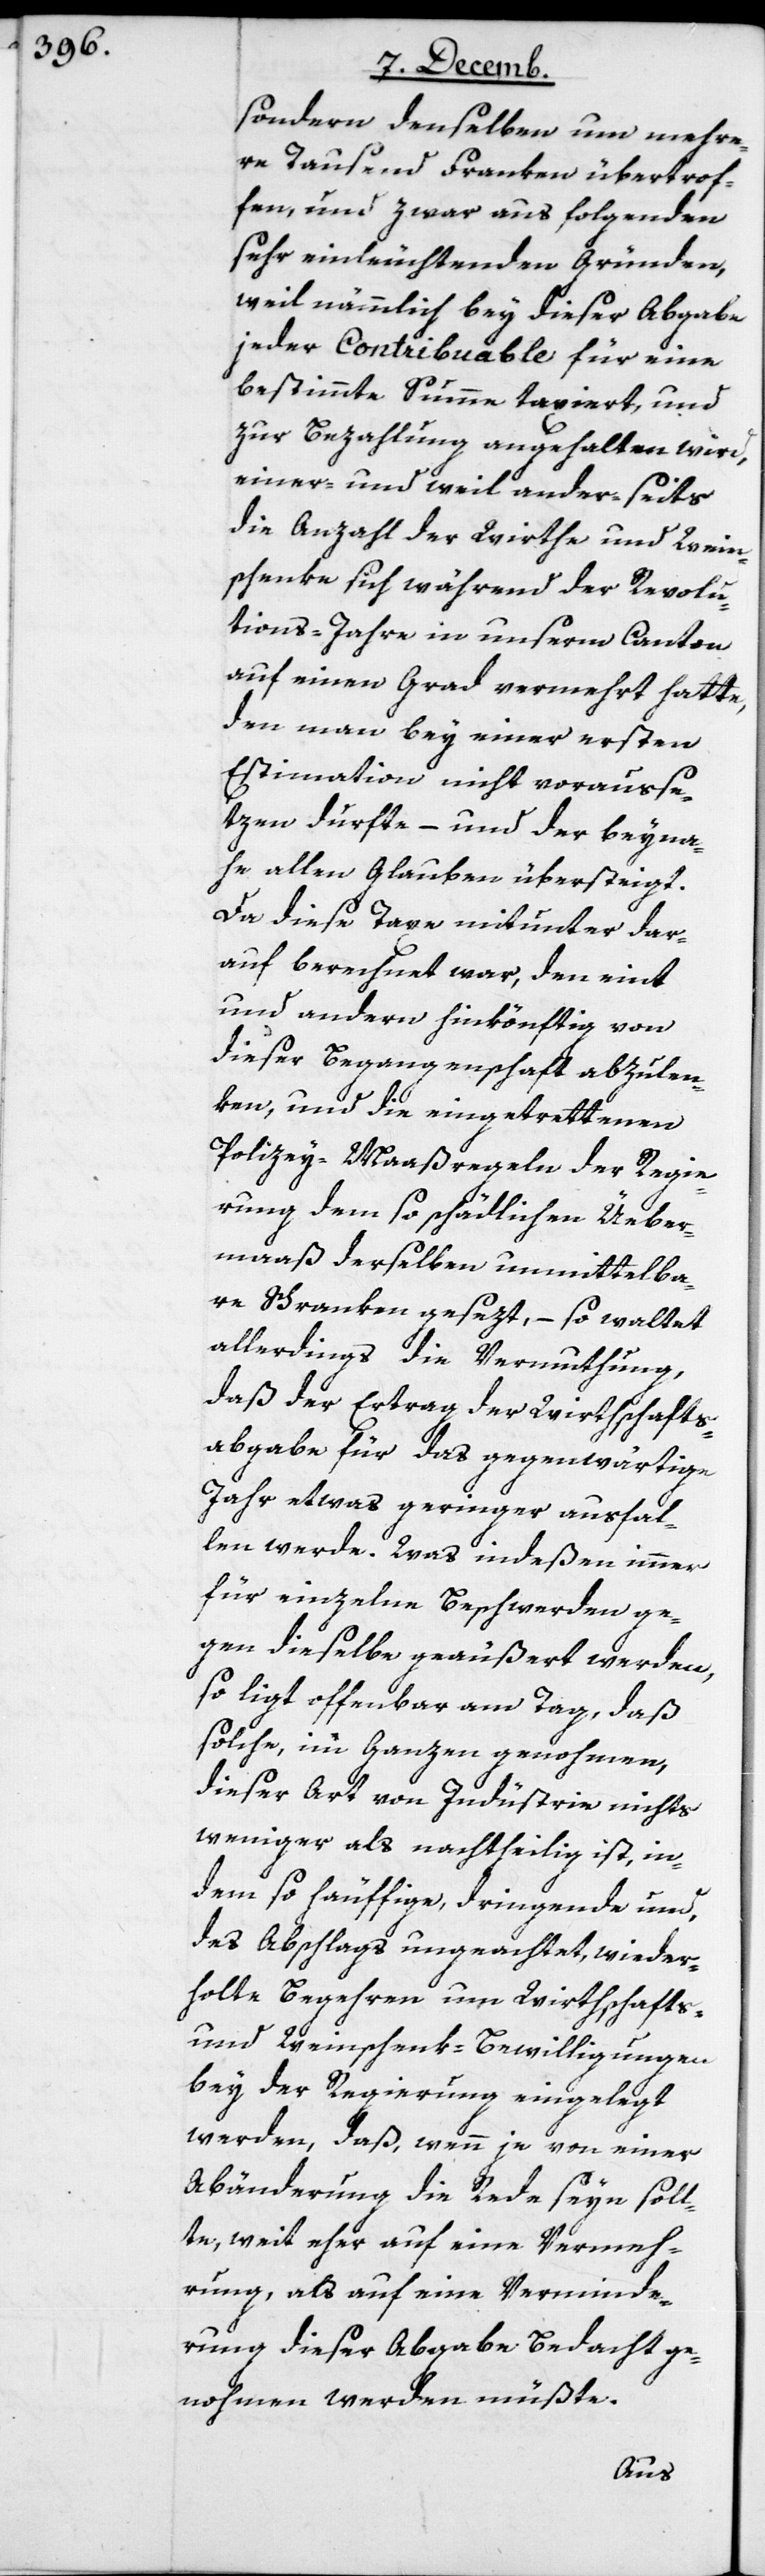
sondern denselben um mehre¬
re Tausend Franken übertrof¬
fen und zwar aus folgenden,
sehr einleuchtenden Gründen,
weil nämmlich bey dieser Abgabe
jeder Contribuable für eine
bestimmte Summe taxiert, und
zur Bezahlung angehalten wird,
einer- und weil ander-seits
die Anzahl der Wirthe und Wein¬
schenke sich während der Revolu¬
tions-Jahre in unserm Canton
auf einen Grad vermehrt hatte,
den man bey einer ersten
Estimation nicht vorausse¬
tzen durfte, – und der beyna¬
he allen Glauben übersteigt.
Da diese Taxe mitunter dar¬
auf berechnet war, den eint
und andern hinkönftig von
dieser Begangenschaft abzulen¬
ken, und die eingetrettenen
Polizey-Maaßregeln der Regie¬
rung dem so schädlichen Üeber¬
maaß derselben unmittelba¬
re Schranken gesezt, – so waltet
allerdings die Vermuthung,
daß der Ertrag der Wirthschafts¬
abgabe für das gegenwärtige
Jahr etwas geringer ausfal¬
len werde. Was indeßen immer
für einzelne Beschwerden ge¬
gen dieselbe geäußert werden,
so ligt offenbar am Tag, daß
solche, im Ganzen genohmen,
dieser Art von Industrie nichts
weniger als nachtheilig ist, in¬
dem so häuffige dringende und,
des Abschlags ungeachtet, wieder¬
holte Begehren um Wirthschafts-
und Weinschenk-Bewilligungen
bey der Regierung eingelegt
werden, daß wenn je von einer
Abänderung die Rede seyn soll¬
te, weit eher auf eine Vermeh¬
rung, als auf eine Verminde¬
rung dieser Abgabe Bedacht ge¬
nohmen werden müßte.